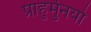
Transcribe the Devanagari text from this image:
प्राहुर्मुनयो